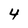
Character: 4